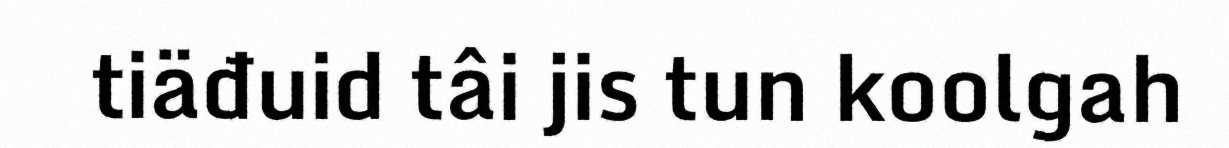
tiäđuid tâi jis tun koolgah